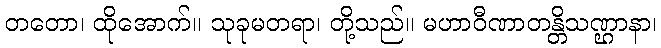
တတော၊ ထိုအောက်။ သုခုမတရာ၊ တို့သည်။ မဟာဝီဏာတန္တိသဏ္ဌာနာ၊